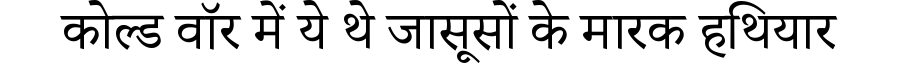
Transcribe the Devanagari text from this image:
कोल्ड वॉर में ये थे जासूसों के मारक हथियार